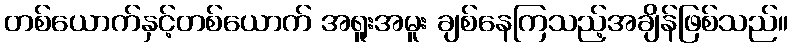
တစ်ယောက်နှင့်တစ်ယောက် အရူးအမူး ချစ်နေကြသည့်အချိန်ဖြစ်သည်။